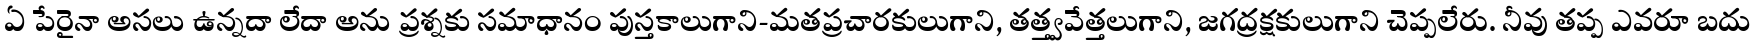
ఏ పేరైనా అసలు ఉన్నదా లేదా అను ప్రశ్నకు సమాధానం పుస్తకాలుగాని-మతప్రచారకులుగాని, తత్త్వవేత్తలుగాని, జగద్రక్షకులుగాని చెప్పలేరు. నీవు తప్ప ఎవరూ బదు